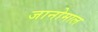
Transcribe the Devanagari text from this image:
जानोमाल